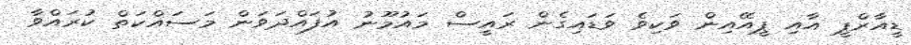
ޑީއާރްޕީ އާއި ޕީއޭއިން ވަކިވެ ވަޑައިގެން ރައީސް މައުމޫނު އުފައްދަވަން މަސައްކަތް ކުރައްވާ